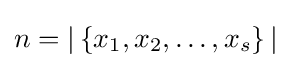
n=|\left\{{x_{1},x_{2},\ldots ,x_{s}}\right\}|